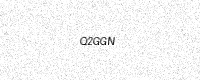
Text: Q2GGN